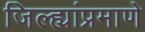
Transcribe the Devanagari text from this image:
जिल्ह्यांप्रमाणे